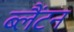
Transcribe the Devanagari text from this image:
ब्लैंटन